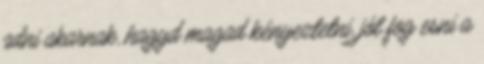
adni akarnak, hagyd magad kényeztetni, jól fog esni a